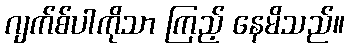
ဂျက်စ်ပါကိုသာ ကြည့် နေမိသည်။